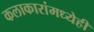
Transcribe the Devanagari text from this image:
कलाकारांमध्येही